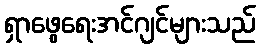
ရှာဖွေရေးအင်ဂျင်များသည်